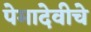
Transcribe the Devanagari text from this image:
पेमादेवीचे